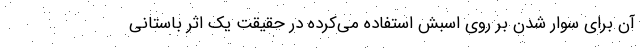
آن برای سوار شدن بر روی اسبش استفاده می‌کرده در حقیقت یک اثر باستانی